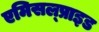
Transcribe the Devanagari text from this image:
एमिसल्प्राइड